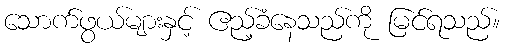
သောက်ဖွယ်များနှင့် ဧည့်ခံနေသည်ကို မြင်ရသည်။